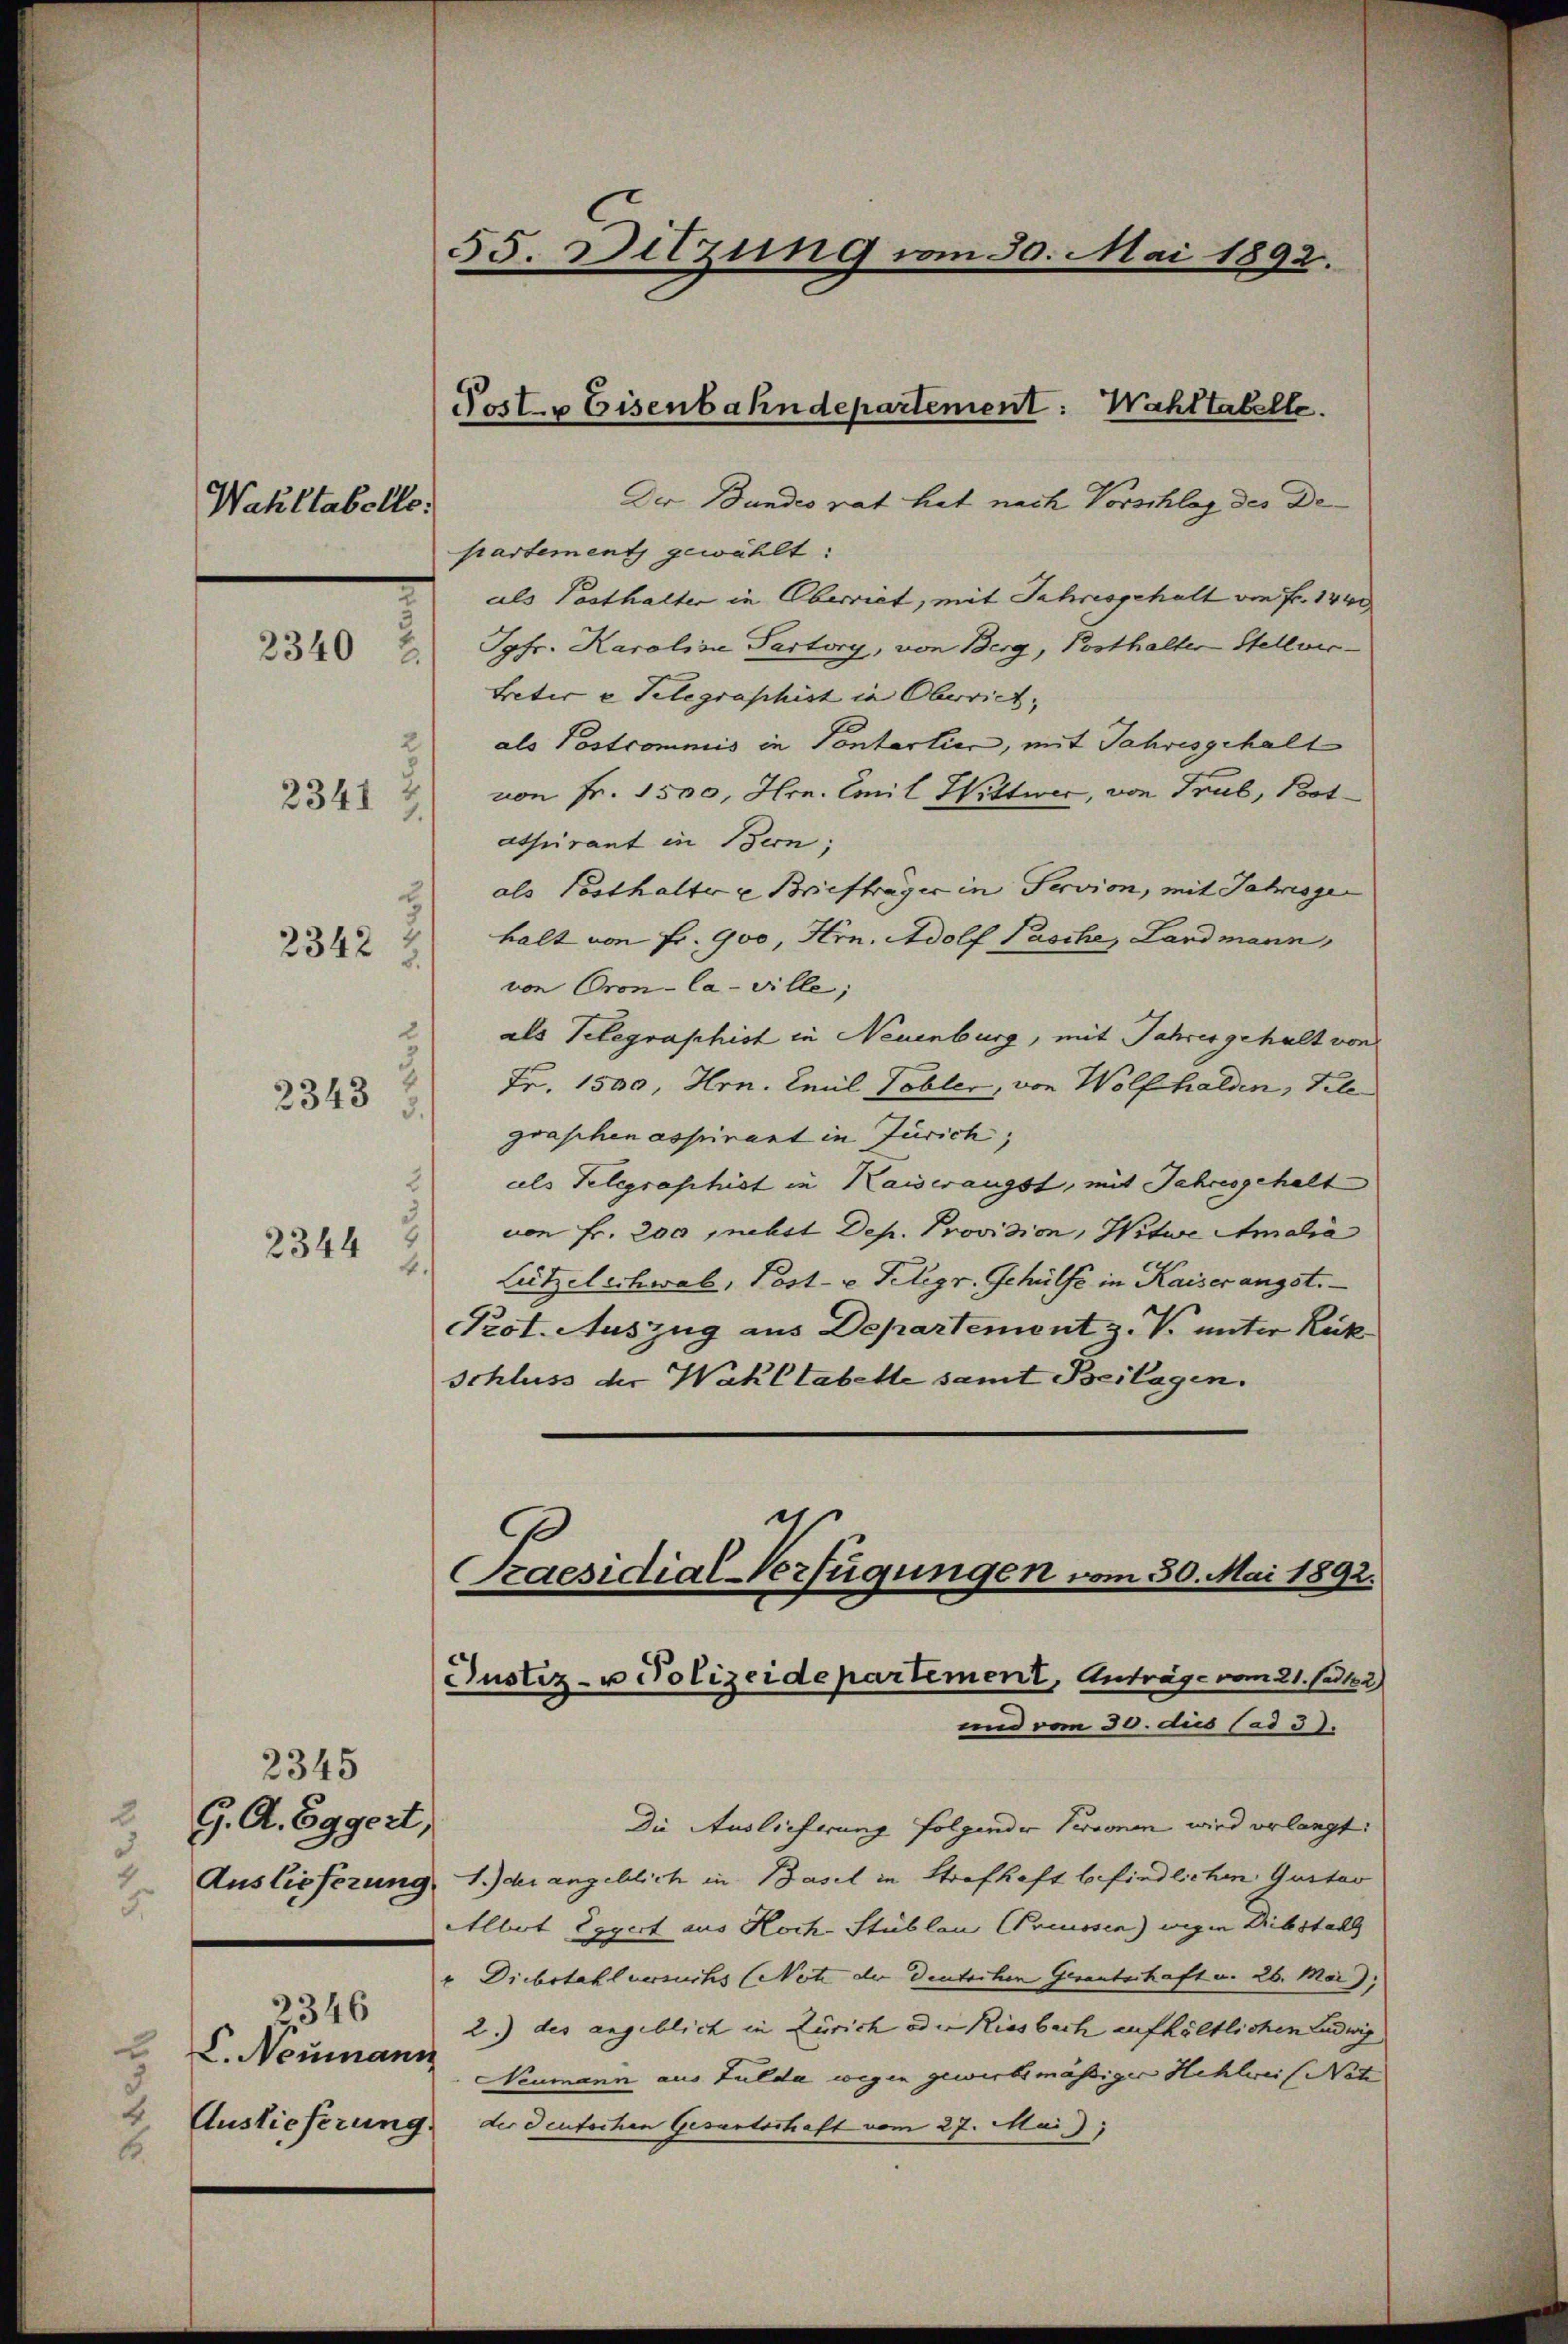
Wahltabelle.

23402

2341

2342

2343

2344

1.
2
2

2345
G. A. Eggert,
d
Auslieferung
2.
u
L. Neumann
 Auslieferung.
.

55. Sitzung vom 30. Mai 1892.

Joster Eisenbahndepartement: Wahltabelle.

Der Bundes rat hat nach Vorschlag des Departements gewählt:
als Posthalter in Oberriet, mit Jahresgehalt von Fr. 1440
Jgfr. Karoline Pastory, von Berg, Posthalter Stellvic¬
Peter u Telegraphist in Oberrich, |
als Postcommis in Sontartie, mit Jahresgehalt
von Fr. 1500, Hrn. Emil Wittwer, von Trul, Botaturant in Bern;
als Posthalter u Briefträger in Servion, mit Jahresge
halt von Fr. 900, Hrn. Adolf Pasche, Landmann,
von Cron-Ca-Ville;
als Telegraphist in Neuenburg, mit Jahres gehalt von
Fr. 1500, Hrn. Emil Tobler, von Wolfhalden, Tele
graschen aspirant in Zürich;
als Telegraphist in Kaiserangst, mit Jahresgehalt
von Fr. 200, nebst Dep. Provision, Witwe Amalia
Lützeleihwal, Post- u. Telegr. Gehülfe in Kaiser ängst.
Prot. Auszug aus Departement z. V. unter Rück
Schluss der Wahl tabette samt Beilagen.

.
Praesidial-Verfügungen vom 30. Mai 1892.
Justiz- u Polizeidepartement, Anträge vom 21. Jes 182)

und vom 30. dus Cad3).
Die Auslieferung folgender Personen wird erlangt:
1.) der angeblich in Basel in Strafhaft befindlichen Gustav
Albot Expert aus Hoch-Stublan Preussen) wegen Diebstall
" Diebstahl versuchs (Netz der Deutschen Gerantschaft u. 26. Mai).
3 2.) des angeblich in Zürich oder Riesbach aufhältlichen Ludwig
Neumann aus Fulda wegen gewerbsmässiger Hehlweis Netz
der deutschen Gesantschaft vom 27. Mai